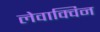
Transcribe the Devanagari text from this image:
लेवाक्विन